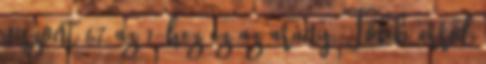
viszont 67 az 1-hez ez az arány. Több erről